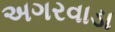
અગરવાડા